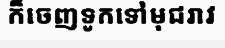
ក៏ចេញទូកទៅមុជរាវ